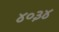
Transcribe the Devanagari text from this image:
४०३४